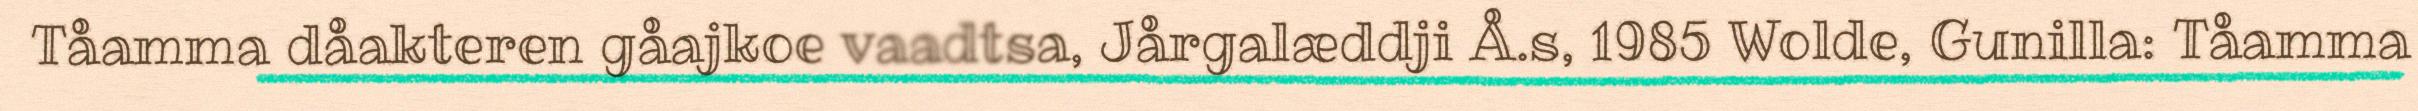
Tåamma dåakteren gåajkoe vaadtsa, Jårgalæddji Å.s, 1985 Wolde, Gunilla: Tåamma